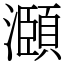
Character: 㶊